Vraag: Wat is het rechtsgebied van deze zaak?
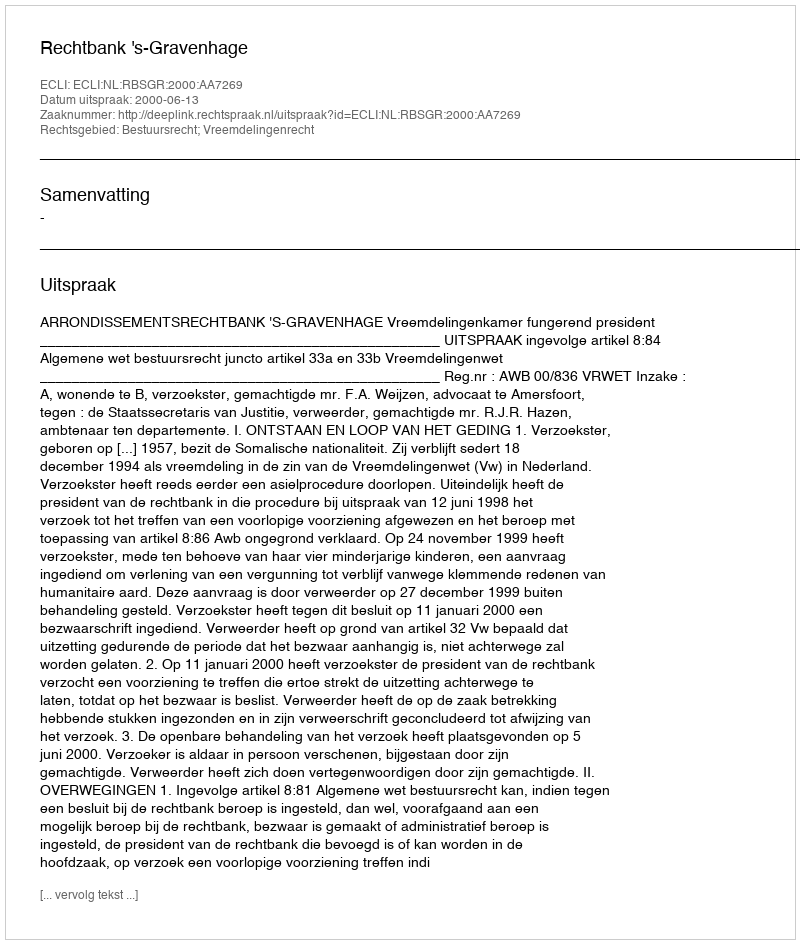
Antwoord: Bestuursrecht; Vreemdelingenrecht